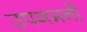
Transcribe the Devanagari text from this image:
उपगमनों